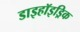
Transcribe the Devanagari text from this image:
डाइहॉइड्रिक